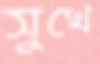
সুখে